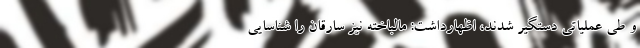
و طی عملیاتی دستگیر شدند، اظهارداشت: مالباخته نیز سارقان را شناسایی